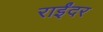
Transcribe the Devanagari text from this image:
राईंदर